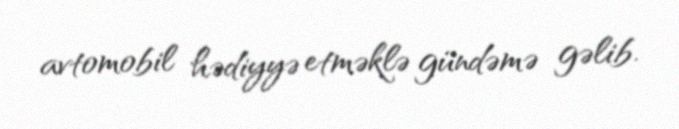
avtomobil hədiyyə etməklə gündəmə gəlib.